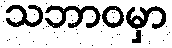
သဘာဝမှာ